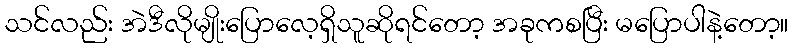
သင်လည်း အဲဒီလိုမျိုးပြောလေ့ရှိသူဆိုရင်တော့ အခုကစပြီး မပြောပါနဲ့တော့။